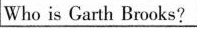
Who is Garth Brooks?